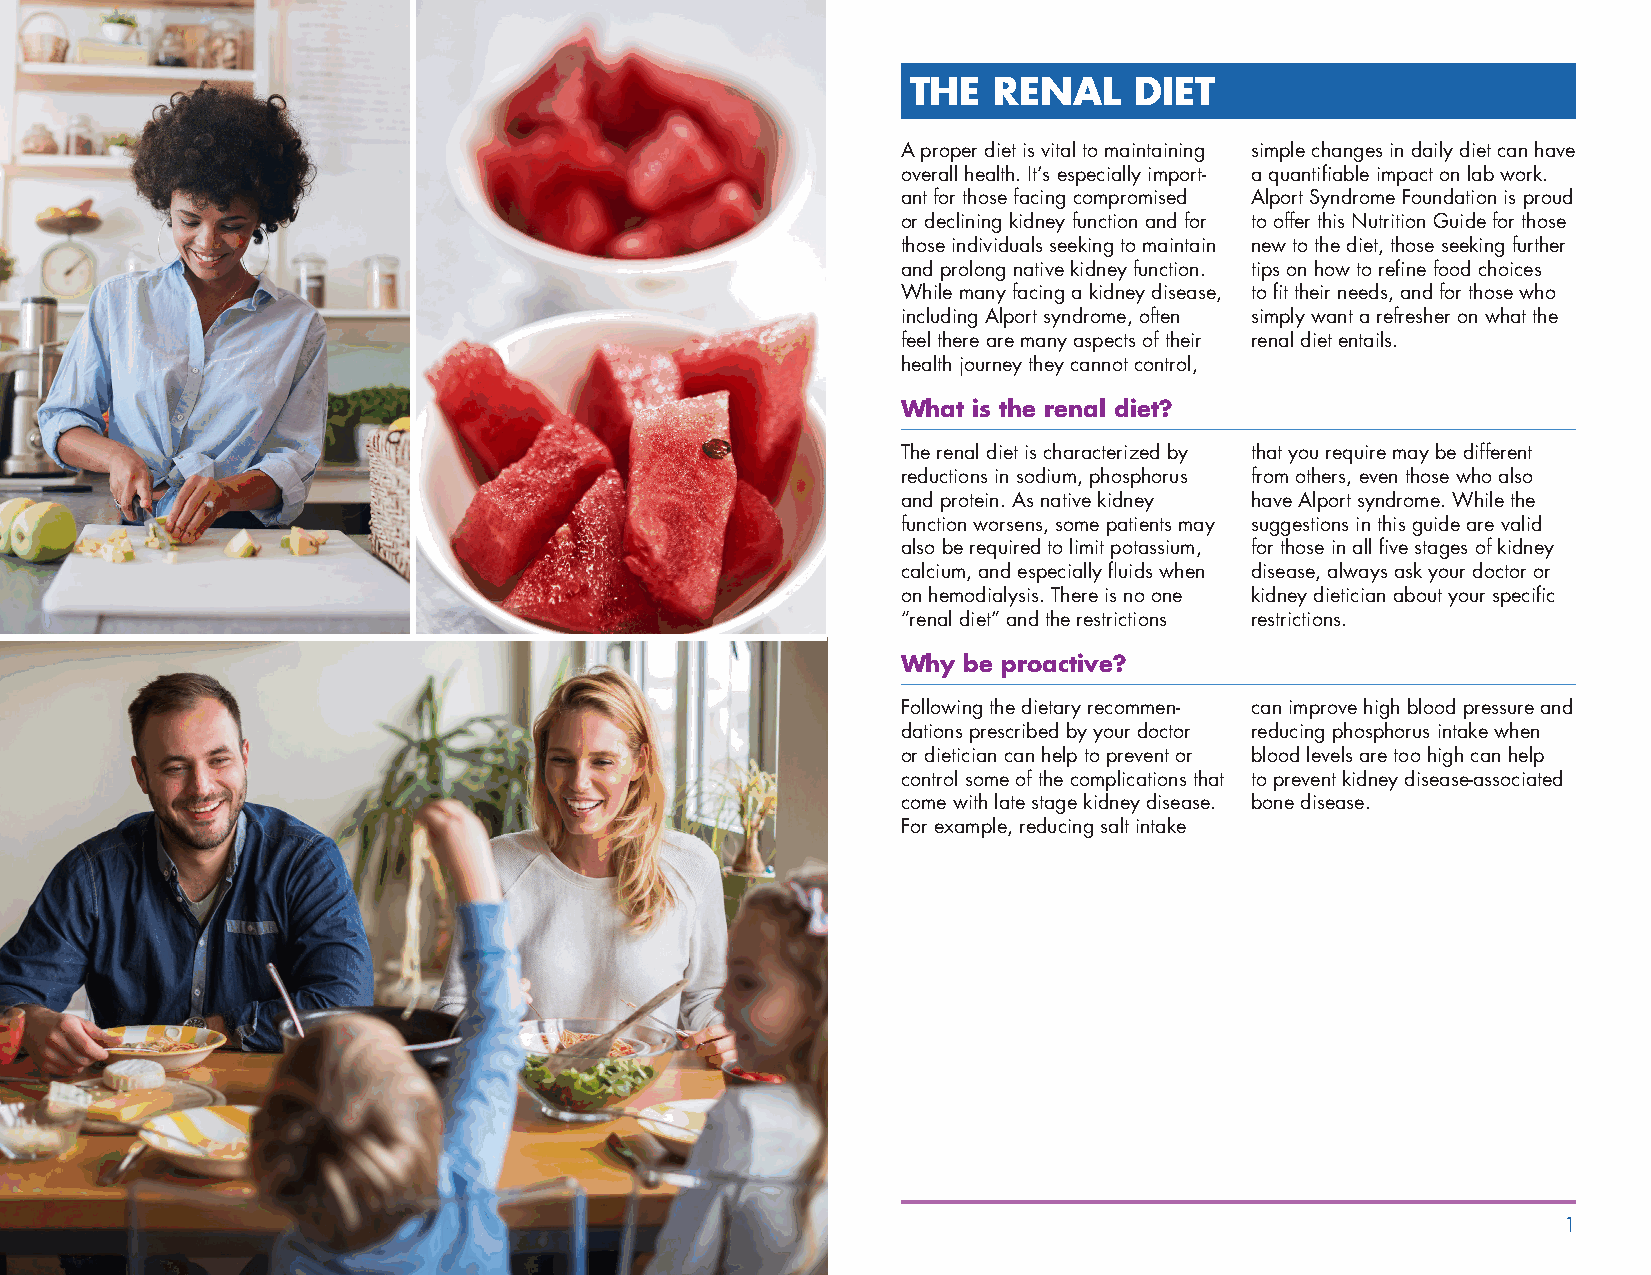
THE   RENAL    DIET
 A proper diet is vital to maintaining simple changes in daily diet can have
 overall health. It’s especially import- a quantifiable impact on lab work.
 ant for those facing compromised Alport Syndrome Foundation is proud
 or declining kidney function and for to offer this Nutrition Guide for those
 those individuals seeking to maintain new to the diet, those seeking further
 and prolong native kidney function. tips on how to refine food choices
 While many facing a kidney disease, to fit their needs, and for those who
 including Alport syndrome, often simply want a refresher on what the
 feel there are many aspects of their renal diet entails.
 health journey they cannot control,
 What is the renal diet?
 The renal diet is characterized by that you require may be different
 reductions in sodium, phosphorus from others, even those who also
 and protein. As native kidney have Alport syndrome. While the
 function worsens, some patients may suggestions in this guide are valid
 also be required to limit potassium, for those in all five stages of kidney
 calcium, and especially fluids when disease, always ask your doctor or
 on hemodialysis. There is no one kidney dietician about your specific
 “renal diet” and the restrictions restrictions.
 Why be proactive?
 Following the dietary recommen- can improve high blood pressure and
 dations prescribed by your doctor reducing phosphorus intake when
 or dietician can help to prevent or blood levels are too high can help
 control some of the complications that to prevent kidney disease-associated
 come with late stage kidney disease. bone disease.
 For example, reducing salt intake
 2                                                                                                 1